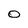
Character: O